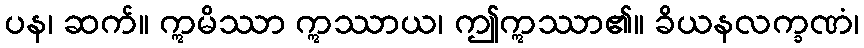
ပန၊ ဆက်။ ဣမိဿာ ဣဿာယ၊ ဤဣဿာ၏။ ခိယနလက္ခဏံ၊